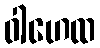
ဝါဟေထ